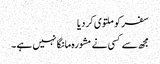
سفر کو ملتوی کردیا
مجھ سے کسی نے مشورہ مانگا نہیں ہے ۔